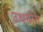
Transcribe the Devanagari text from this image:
उधयोग